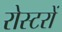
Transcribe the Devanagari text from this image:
रोस्टरों